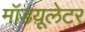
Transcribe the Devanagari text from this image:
मॉडय़ूलेटर